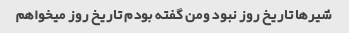
شیرها تاریخ روز نبود ومن گفته بودم تاریخ روز میخواهم